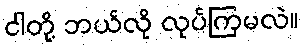
ငါတို့ ဘယ်လို လုပ်ကြမလဲ။